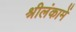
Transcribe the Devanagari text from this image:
श्रीलंकामें